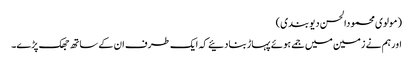
(مولوی محمودالحسن دیوبندی)
اورہم نے زمین میں جمے ہوئے پہاڑبنادئیے کہ ایک طرف ان کے ساتھ جھک پڑے۔